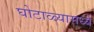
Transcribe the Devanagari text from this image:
घोटाळ्यामध्ये